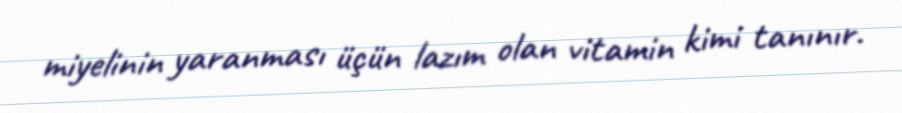
miyelinin yaranması üçün lazım olan vitamin kimi tanınır.